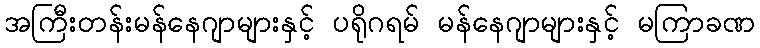
အကြီးတန်းမန်နေဂျာများနှင့် ပရိုဂရမ် မန်နေဂျာများနှင့် မကြာခဏ